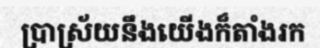
ប្រាស្រ័យនឹងយើងក៏តាំងរក